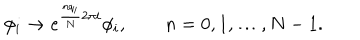
\phi _ { i } \to e ^ { \frac { n q _ { i } } { N } 2 \pi i } \phi _ { i } , \qquad n = 0 , 1 , \ldots , N - 1 .